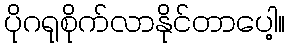
ပိုဂရုစိုက်လာနိုင်တာပေါ့။